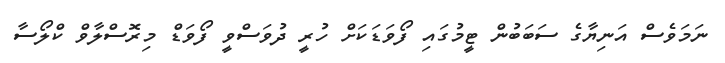
ނަމަވެސް އަނިޔާގެ ސަބަބުން ޓީމުގައި ފޯވަޑަކަށް ހުރީ ދުވަސްވީ ފޯވަޑް މިރޮސްލާވް ކްލޯސާ